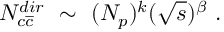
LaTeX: N _ { c \overline { { { c } } } } ^ { d i r } ~ \sim ~ ( N _ { p } ) ^ { k } ( \sqrt { s } ) ^ { \beta } ~ .